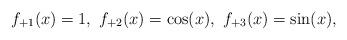
LaTeX: \begin{align*}f_{+1}(x)=1, ~f_{+2}(x)=\cos(x), ~f_{+3}(x)=\sin(x),\end{align*}